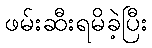
ဖမ်းဆီးရမိခဲ့ပြီး